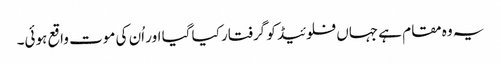
یہ وہ مقام ہے جہاں فلوئیڈ کو گرفتار کیا گیا اور اُن کی موت واقع ہوئی۔